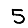
Digit: 5